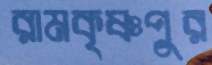
রামকৃষ্ণপুর